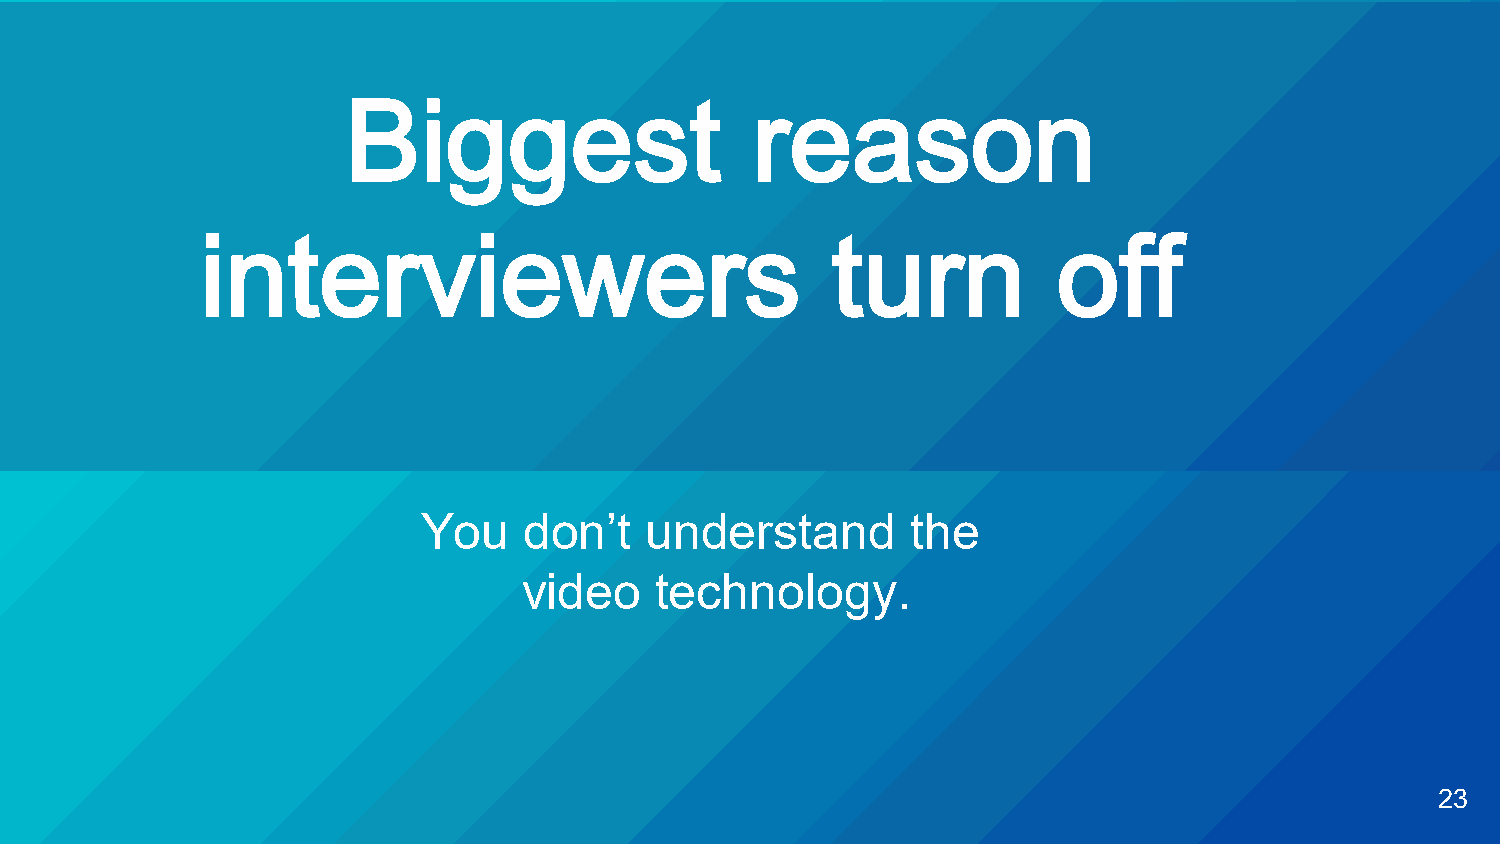
Biggest                    reason
 interviewers                              turn           off
 You    don’t   understand       the
 video   technology.
 23